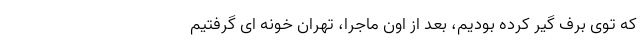
که توی برف گیر کرده بودیم، بعد از اون ماجرا، تهران خونه‌ ای گرفتیم